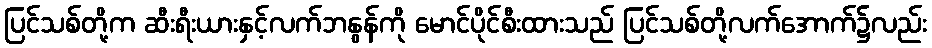
ပြင်သစ်တို့က ဆီးရီးယားနှင့်လက်ဘနွန်ကို မောင်ပိုင်စီးထားသည် ပြင်သစ်တို့လက်အောက်၌လည်း